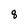
Character: 8